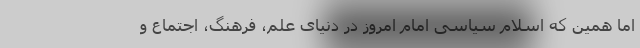
اما همین که اسلام سیاسی امام امروز در دنیای علم، فرهنگ، اجتماع و